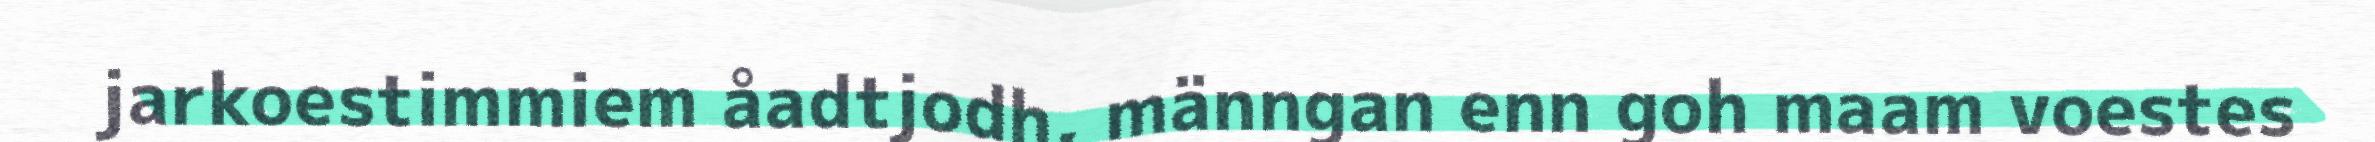
jarkoestimmiem åadtjodh, männgan enn goh maam voestes